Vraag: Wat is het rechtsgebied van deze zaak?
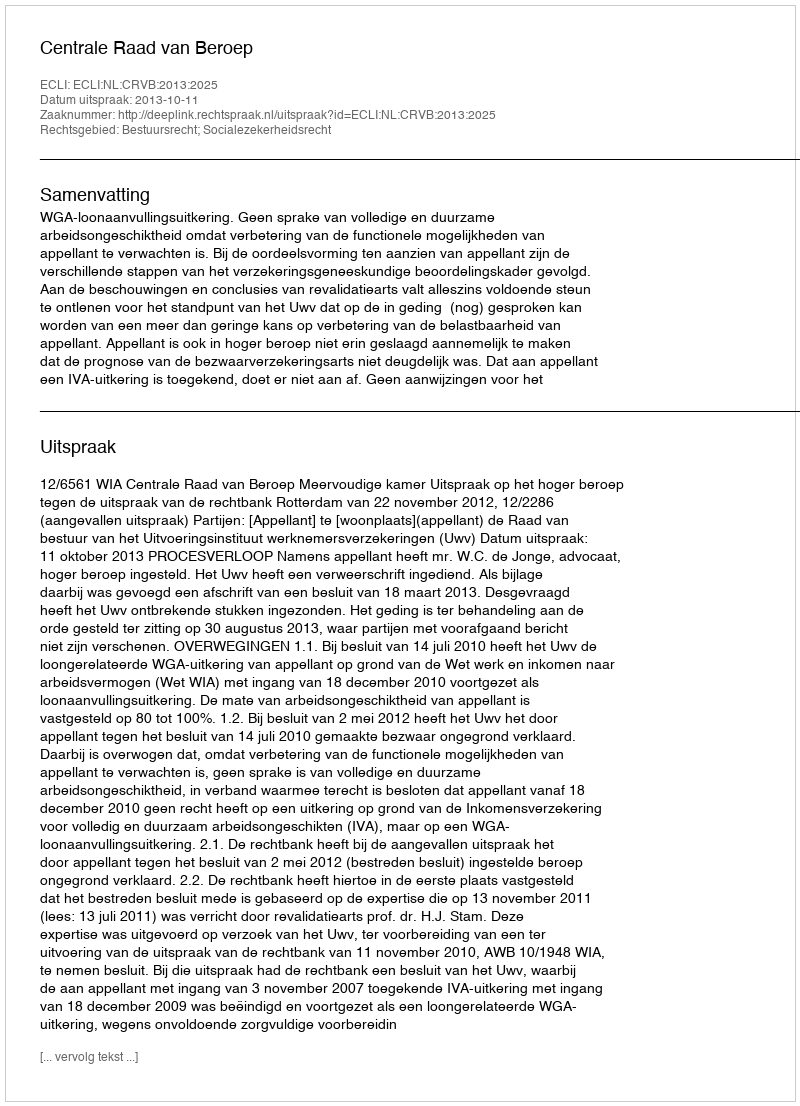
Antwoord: Bestuursrecht; Socialezekerheidsrecht